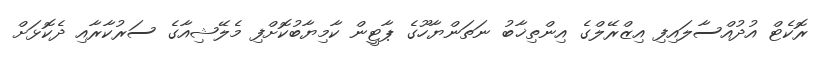
ރޮކެޓް އުދުއްސާލައިފި އިޒްރޭލްގެ އިންތިޚާބު ނަތަންޔާހޫގެ ޕާޓީން ކާމިޔާބުކޮށްފި މެލޭޝިއާގެ ސަރުކާރާއި ދެކޮޅަށް